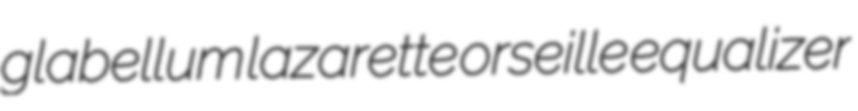
glabellum lazarette orseille equalizer